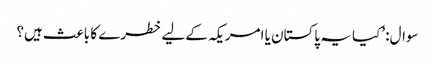
سوال: ’کیا یہ پاکستان یا امریکہ کے لیے خطرے کا باعث ہیں؟